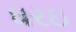
ધરઇ